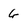
Character: G